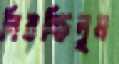
নিবচ্ছিলুম